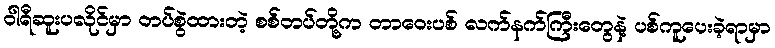
ဝါရီဆူးပလိုင်မှာ တပ်စွဲထားတဲ့ စစ်တပ်တို့က တာဝေးပစ် လက်နက်ကြီးတွေနဲ့ ပစ်ကူပေးခဲ့ရာမှာ